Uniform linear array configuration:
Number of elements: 64
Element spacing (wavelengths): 0.75
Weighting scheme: binomial
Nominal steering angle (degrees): -60
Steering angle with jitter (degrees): -58.946
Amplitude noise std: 0.05
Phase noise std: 0.05

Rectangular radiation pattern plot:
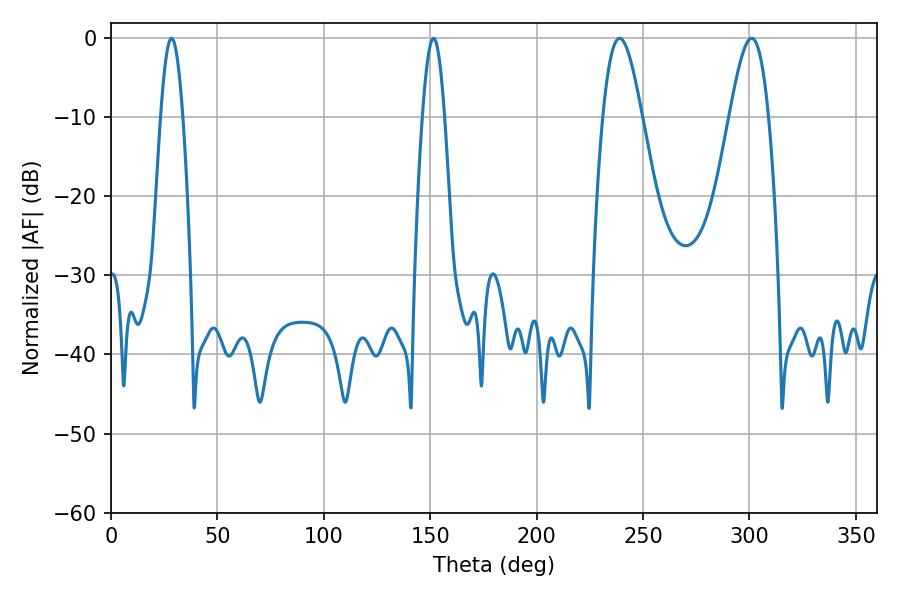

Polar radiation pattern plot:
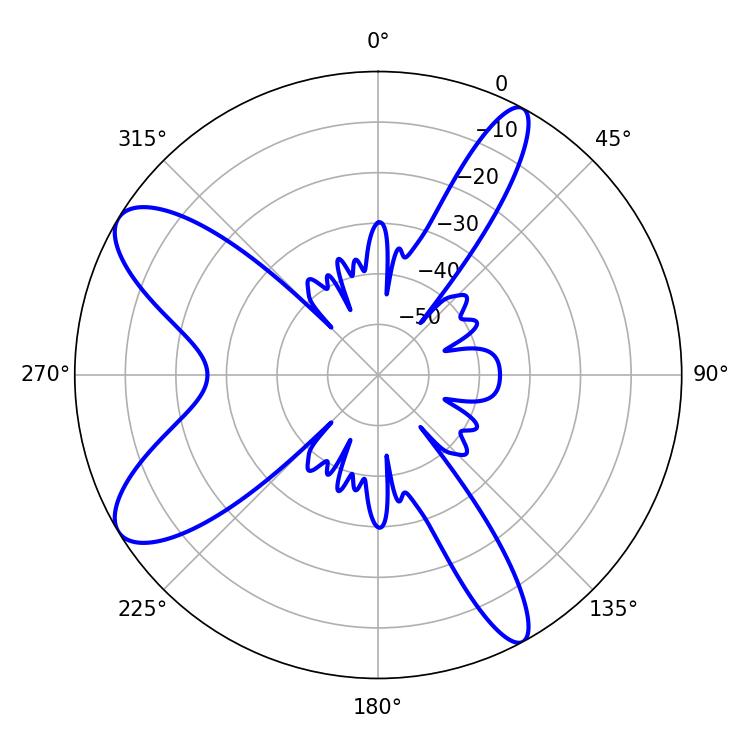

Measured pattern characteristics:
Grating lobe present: TRUE
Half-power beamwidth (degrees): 5.58
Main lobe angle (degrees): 28.44